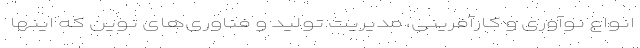
انواع نوآوری و کارآفرینی، مدیریت تولید و فناوری‌های نوین که اینها